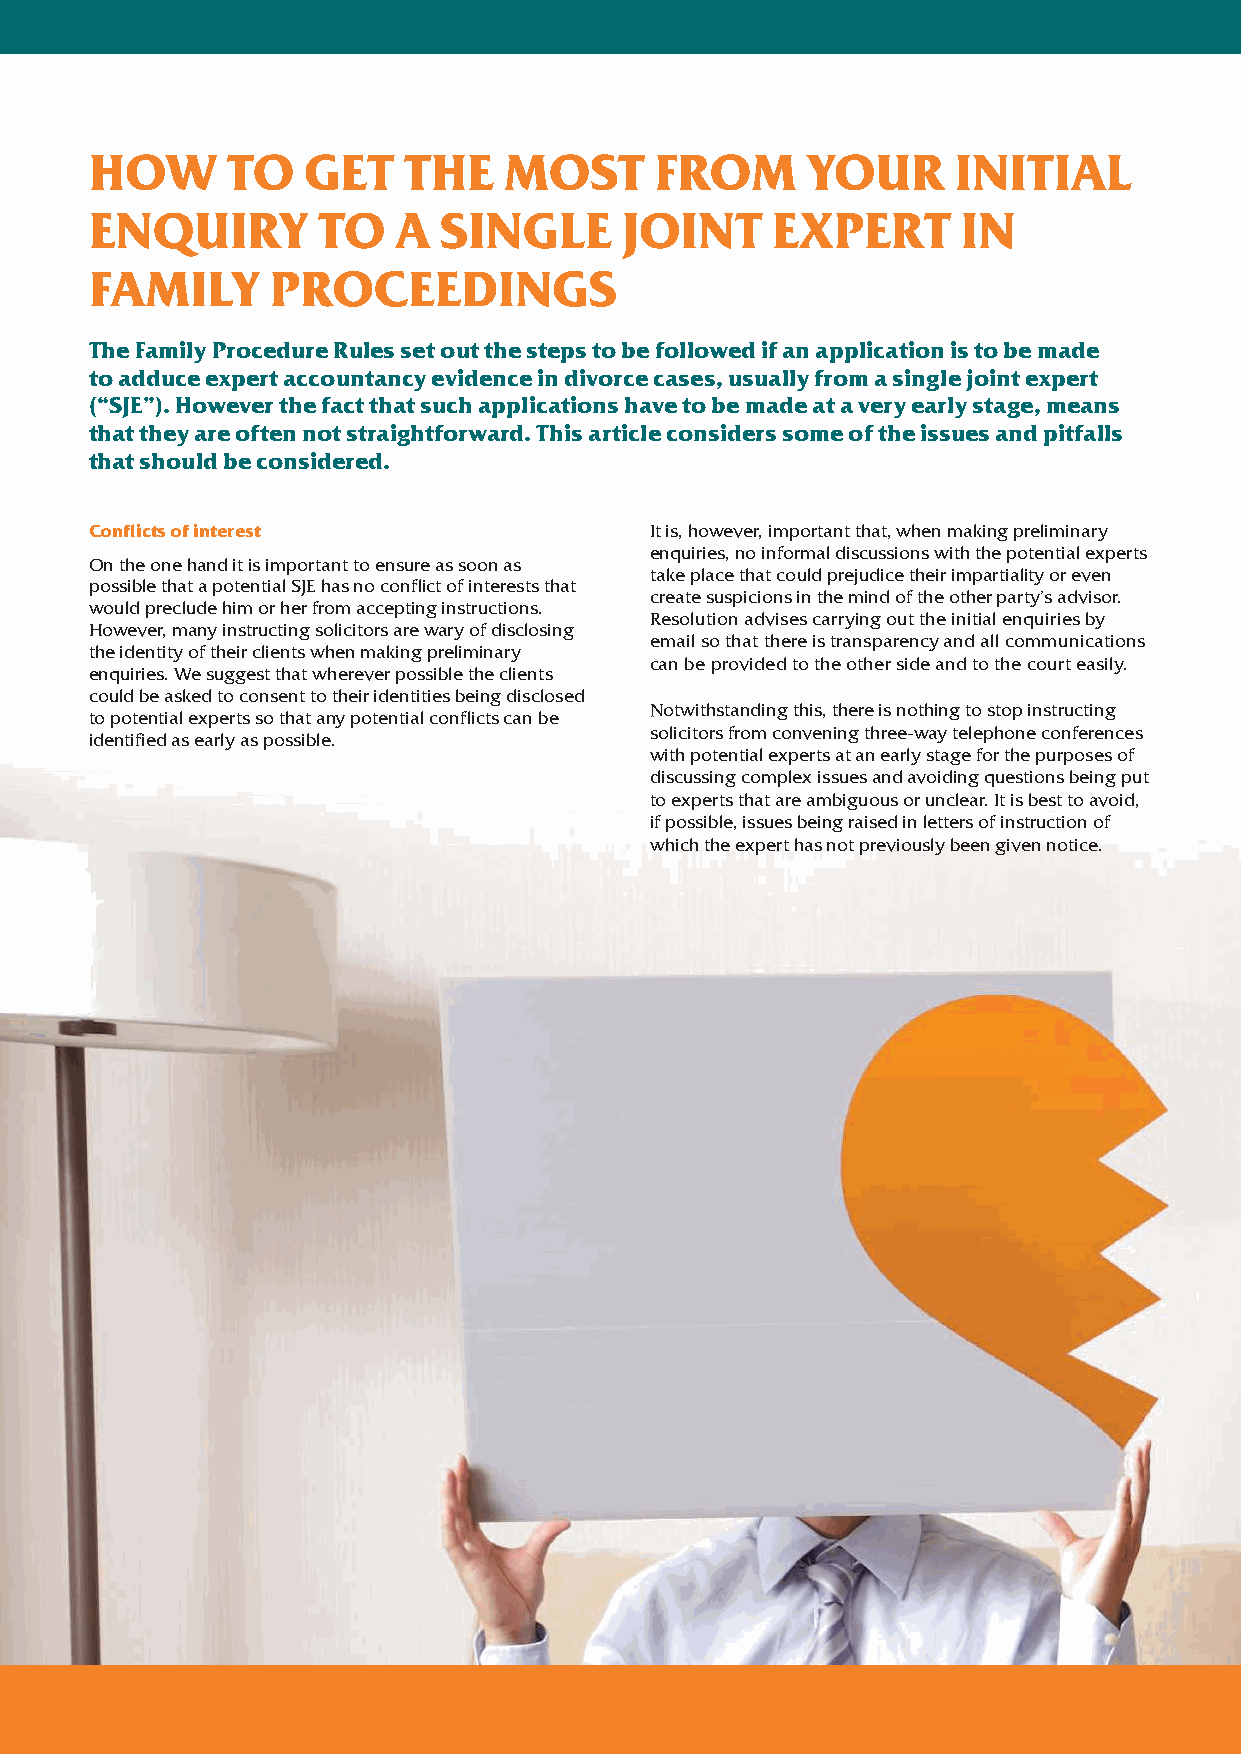
HOW      TO   GET    THE   MOST      FROM      YOUR      INITIAL
 ENQUIRY        TO   A  SINGLE      JOINT     EXPERT       IN
 FAMILY      PROCEEDINGS
 The Family Procedure Rules set out the steps to be followed if an application is to be made
 to adduce expert accountancy evidence in divorce cases, usually from a single joint expert
 (“SJE”). However the fact that such applications have to be made at a very early stage, means
 that they are often not straightforward. This article considers some of the issues and pitfalls
 that should be considered.
 Conflicts of interest                It is, however, important that, when making preliminary
 enquiries, no informal discussions with the potential experts
 On the one hand it is important to ensure as soon as
 take place that could prejudice their impartiality or even
 possible that a potential SJE has no conflict of interests that
 create suspicions in the mind of the other party’s advisor.
 would preclude him or her from accepting instructions.
 Resolution advises carrying out the initial enquiries by
 However, many instructing solicitors are wary of disclosing
 email so that there is transparency and all communications
 the identity of their clients when making preliminary
 can be provided to the other side and to the court easily.
 enquiries. We suggest that wherever possible the clients
 could be asked to consent to their identities being disclosed
 Notwithstanding this, there is nothing to stop instructing
 to potential experts so that any potential conflicts can be
 solicitors from convening three-way telephone conferences
 identified as early as possible.
 with potential experts at an early stage for the purposes of
 discussing complex issues and avoiding questions being put
 to experts that are ambiguous or unclear. It is best to avoid,
 if possible, issues being raised in letters of instruction of
 which the expert has not previously been given notice.